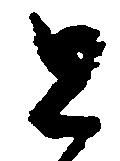
と